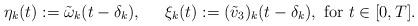
LaTeX: \begin{align*}\eta_k(t):=\tilde \omega_k(t-\delta_k),\;\;\;\;\;\xi_k(t):=(\tilde v_3)_k(t-\delta_k),\mbox{ for } t \in [0,T]. \end{align*}